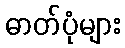
ဓာတ်ပုံများ